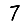
Digit: 7